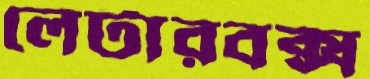
লেটারবক্স